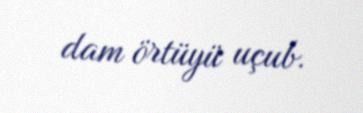
dam örtüyü uçub.